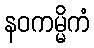
နဝကမ္မိကံ